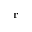
\mathbf { r }